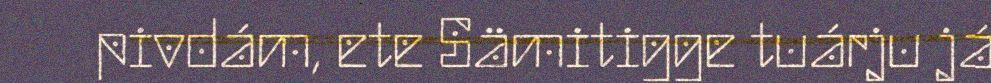
pivdám, ete Sämitigge tuárju já